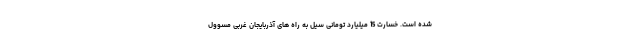
شده است. خسارت 15 میلیارد تومانی سیل به راه های آذربایجان غربی مسوول